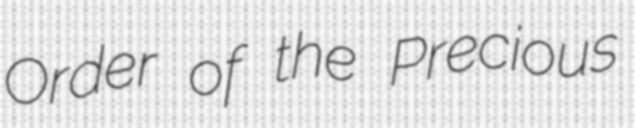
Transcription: Order of the Precious